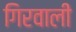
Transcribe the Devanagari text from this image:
गिरवाली